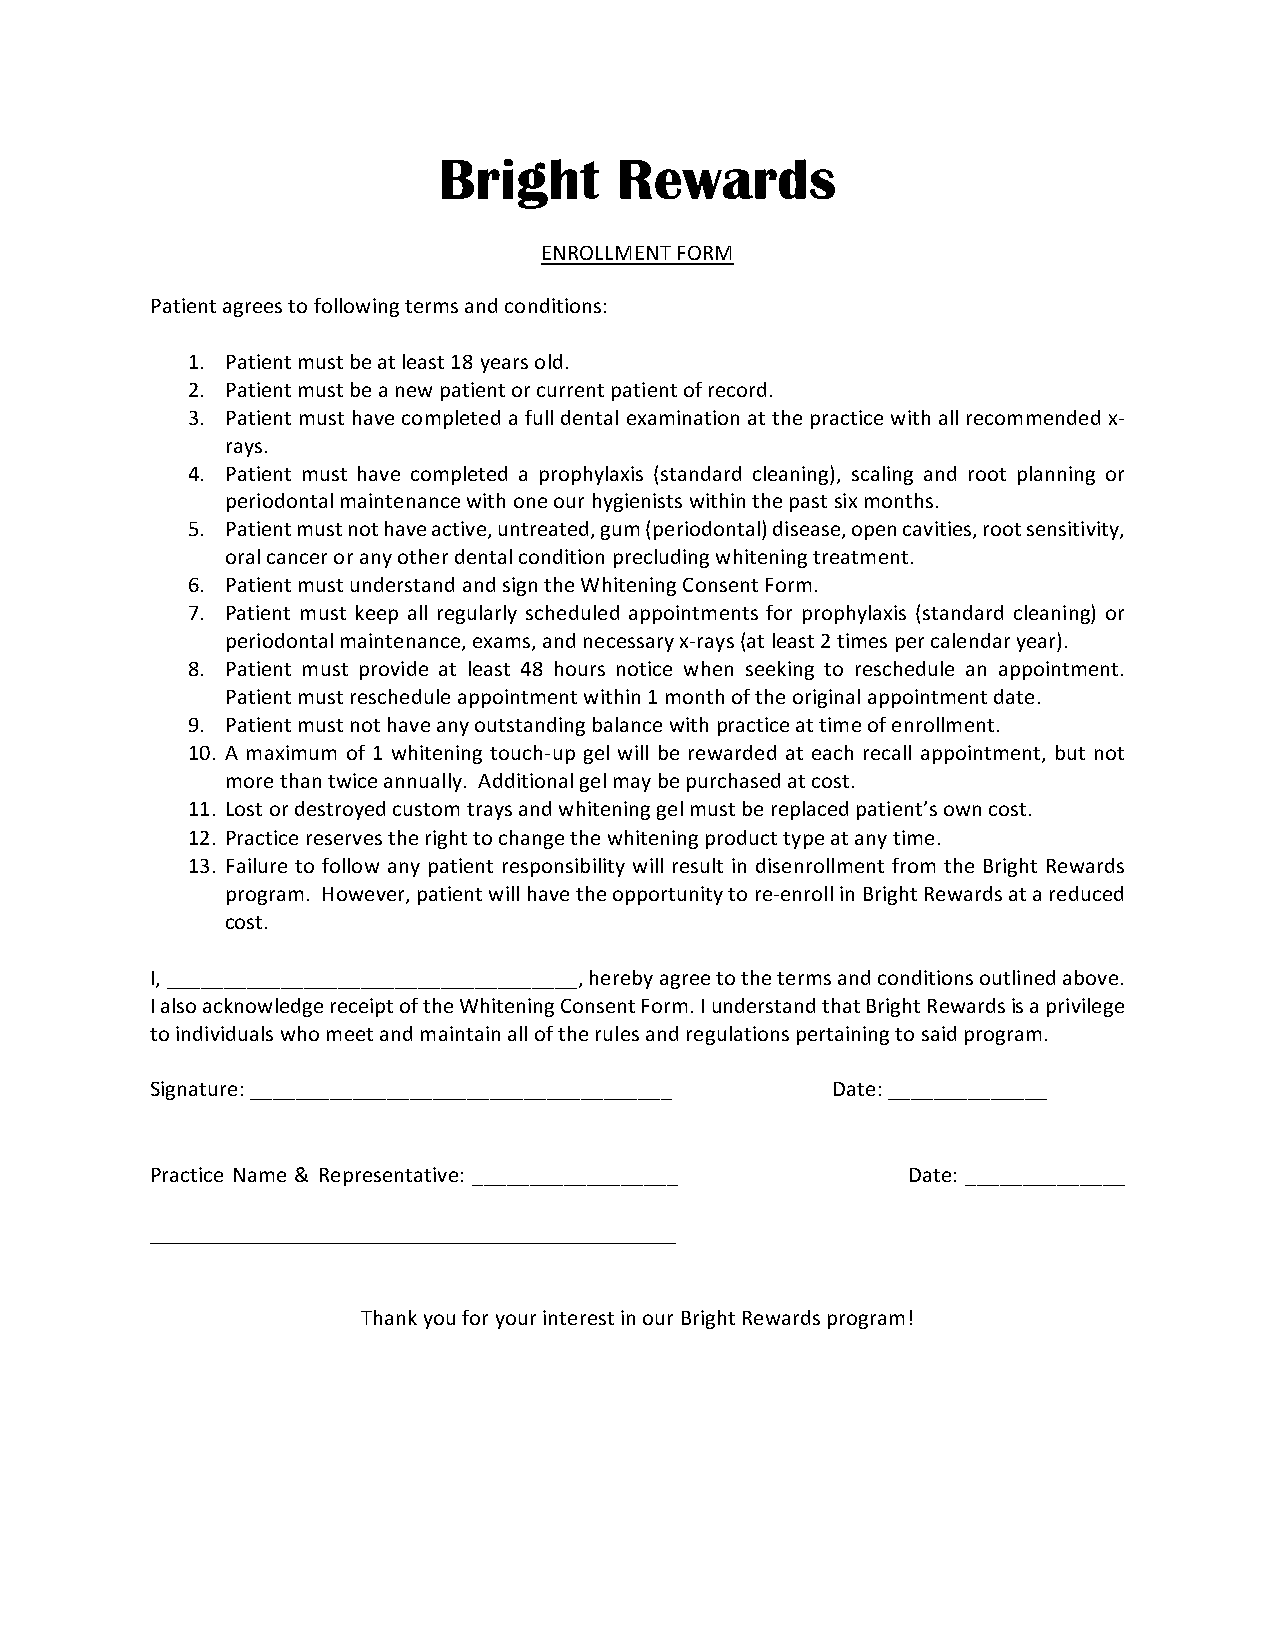
Bright      Rewards
 ENROLLMENT FORM
 Patient agrees to following terms and conditions:
 1. Patient must be at least 18 years old.
 2. Patient must be a new patient or current patient of record.
 3. Patient must have completed a full dental examination at the practice with all recommended x-­‐
 rays.
 4. Patient must have completed a prophylaxis (standard cleaning), scaling and root planning or
 periodontal maintenance with one our hygienists within the past six months.
 5. Patient must not have active, untreated, gum (periodontal) disease, open cavities, root sensitivity,
 oral cancer or any other dental condition precluding whitening treatment.
 6. Patient must understand and sign the Whitening Consent Form.
 7. Patient must keep all regularly scheduled appointments for prophylaxis (standard cleaning) or
 periodontal maintenance, exams, and necessary x-­‐rays (at least 2 times per calendar year).
 8. Patient must provide at least 48 hours notice when seeking to reschedule an appointment.
 Patient must reschedule appointment within 1 month of the original appointment date.
 9. Patient must not have any outstanding balance with practice at time of enrollment.
 10. A maximum of 1 whitening touch-­‐up gel will be rewarded at each recall appointment, but not
 more than twice annually. Additional gel may be purchased at cost.
 11. Lost or destroyed custom trays and whitening gel must be replaced patient’s own cost.
 12. Practice reserves the right to change the whitening product type at any time.
 13. Failure to follow any patient responsibility will result in disenrollment from the Bright Rewards
 program. However, patient will have the opportunity to re-­‐enroll in Bright Rewards at a reduced
 cost.
 I, ____________________________________, hereby agree to the terms and conditions outlined above.
 I also acknowledge receipt of the Whitening Consent Form. I understand that Bright Rewards is a privilege
 to individuals who meet and maintain all of the rules and regulations pertaining to said program.
 Signature: _____________________________________ Date: ______________
 Practice Name & Representative: __________________ Date: ______________
 __________________________________________
 Thank you for your interest in our Bright Rewards program!